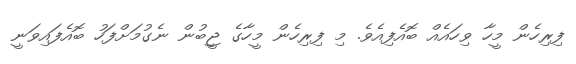
ފިރިހެން މީހާ ވިހައެއް ބޮއެފިއެވެ. މި ފިރިހެން މީހާގެ ޖީބުން ނެގުމަށްފަހު ބޮއެފައިވަނީ